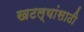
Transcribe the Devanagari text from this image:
खटल्यांसाठी